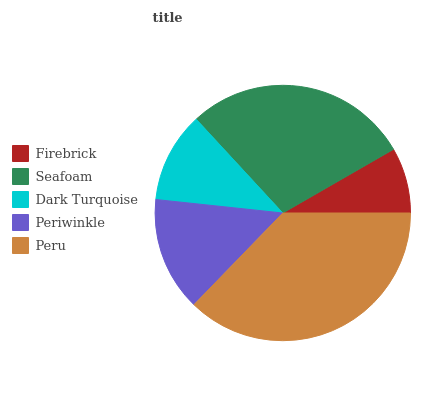
| Firebrick | Seafoam | Dark Turquoise | Periwinkle | Peru |
 | --- | --- | --- | --- | --- |
 | 8.31% | 28.5% | 11.5% | 14.4% | 37.3% |